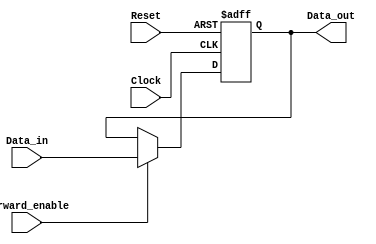
module ForwardingRegister (
    input wire [31:0] Data_in,      // Input data (32 bits)
    input wire Forward_enable,       // Control signal for enabling forwarding
    input wire Clock,                // Clock signal
    input wire Reset,                // Asynchronous reset signal
    output reg [31:0] Data_out       // Output data (32 bits)
);

// Asynchronous reset and data storage logic
always @(posedge Clock or posedge Reset) begin
    if (Reset) begin
        Data_out <= 32'b0;          // Clear the register on reset
    end else if (Forward_enable) begin
        Data_out <= Data_in;        // Store input data when forwarding is enabled
    end
    // If Forward_enable is not asserted, retain previous value (no else needed)
end

endmodule